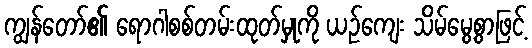
ကျွန်တော်၏ ရောဂါစစ်တမ်းထုတ်မှုကို ယဉ်ကျေး သိမ်မွေ့စွာဖြင့်